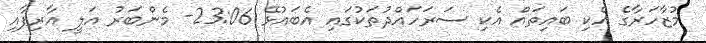
މުޒާހަރާގެ އެކި ބައިތައް އެކި ސަރަހައްދުތަކުގައި އެބައުޅޭ 23:06- މެންބަރު އަލީ އާރިފާއި